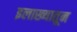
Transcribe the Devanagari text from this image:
इलाख्यातून